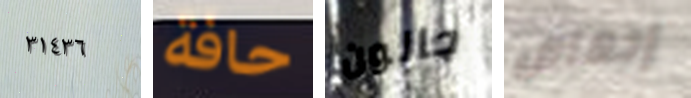
٣١٤٣٦ حافة جالون إجهاض